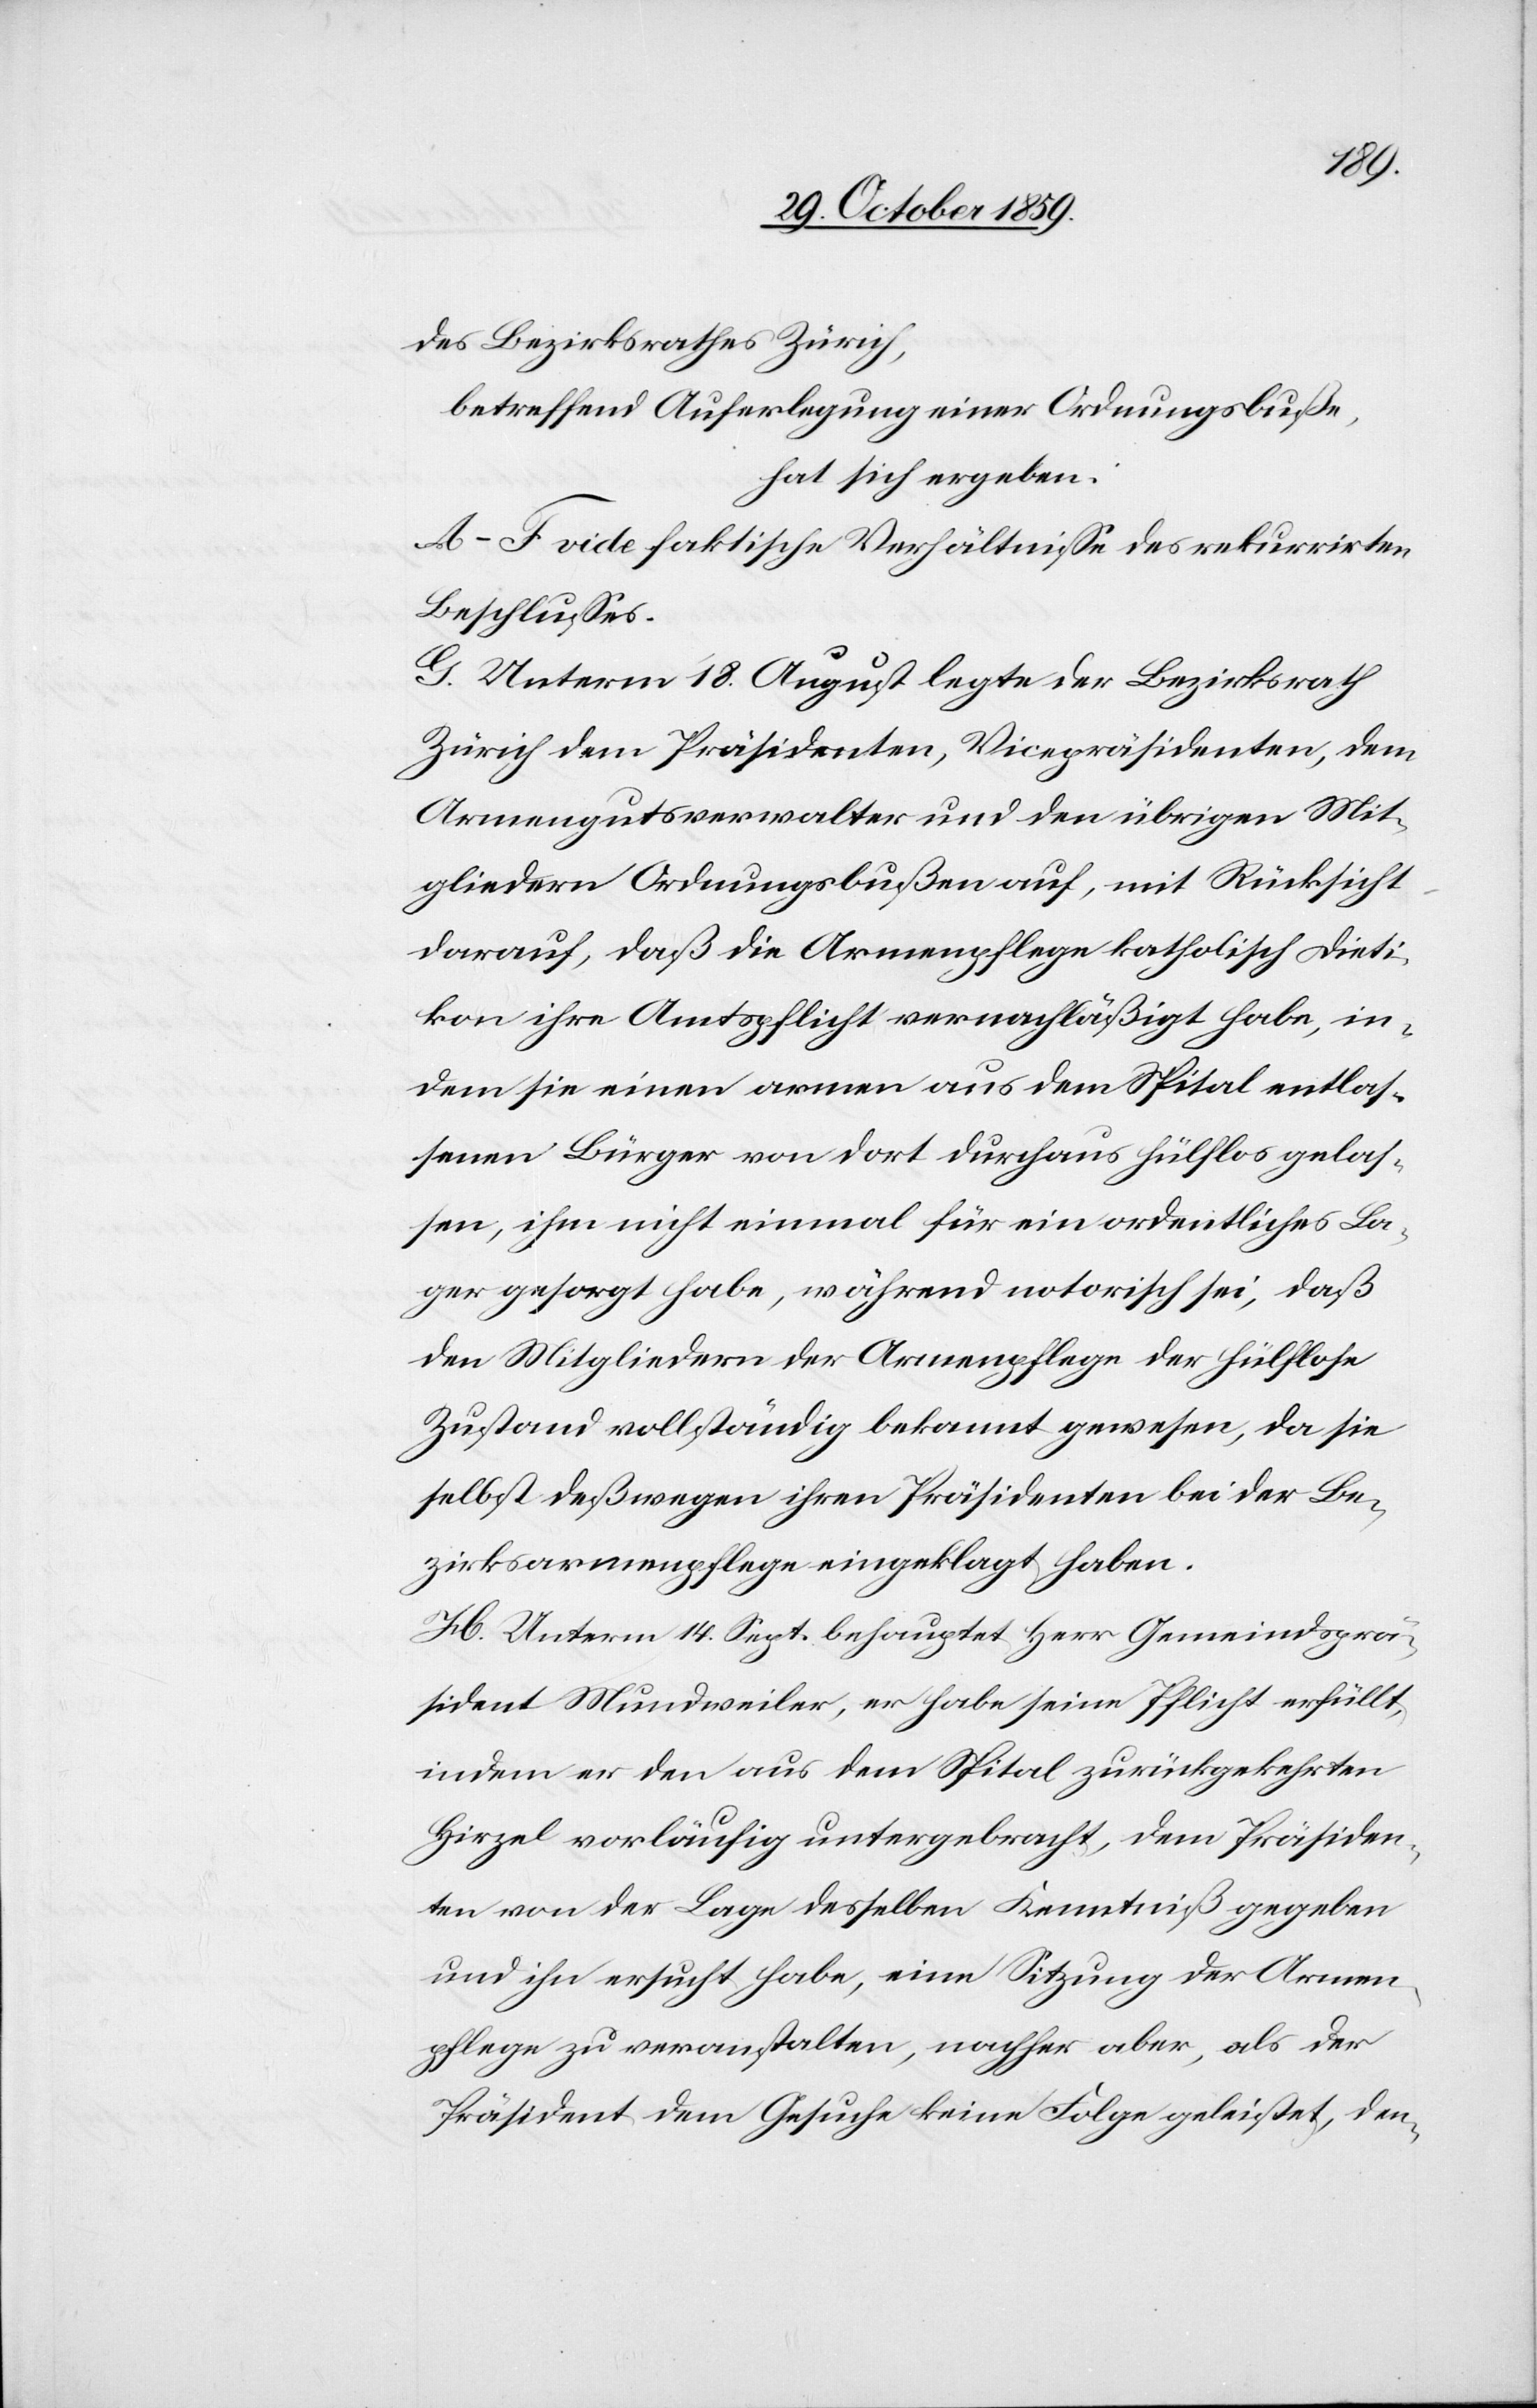
des Bezirksrathes Zürich,
betreffend Auferlegung einer Ordnungsbuße,
hat sich ergeben:
A–F vide faktische Verhältnisse des rekurrirten
Beschlusses.
G. Unterm 18. August legte der Bezirksrath
Zürich dem Präsidenten, Vicepräsidenten, dem
Armengutsverwalter und den übrigen Mit¬
gliedern Ordnungsbußen auf, mit Rücksicht
darauf, daß die Armenpflege katholisch Dieti¬
kon ihre Amtspflicht vernachläßigt habe, in¬
dem sie einen armen aus dem Spital entlas¬
senen Bürger von dort durchaus hülflos gelas¬
sen, ihm nicht einmal für ein ordentliches La¬
ger gesorgt habe, während notorisch sei, daß
den Mitgliedern der Armenpflege der hülflose
Zustand vollständig bekannt gewesen, da sie
selbst deßwegen ihren Präsidenten bei der Be¬
zirksarmenpflege eingeklagt haben.
H. Unterm 14. Sept. behauptet Herr Gemeindsprä¬
sident Mundweiler, er habe seine Pflicht erfüllt,
indem er den aus dem Spital zurückgekehrten
Hirzel vorläufig untergebracht, dem Präsiden¬
ten von der Lage desselben Kenntniß gegeben
und ihn ersucht habe, eine Sitzung der Armen¬
pflege zu veranstalten, nachher aber, als der
Präsident dem Gesuche keine Folge geleistet, den-